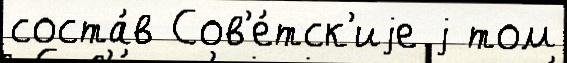
соста́в Сов'е́тск'иjе j том